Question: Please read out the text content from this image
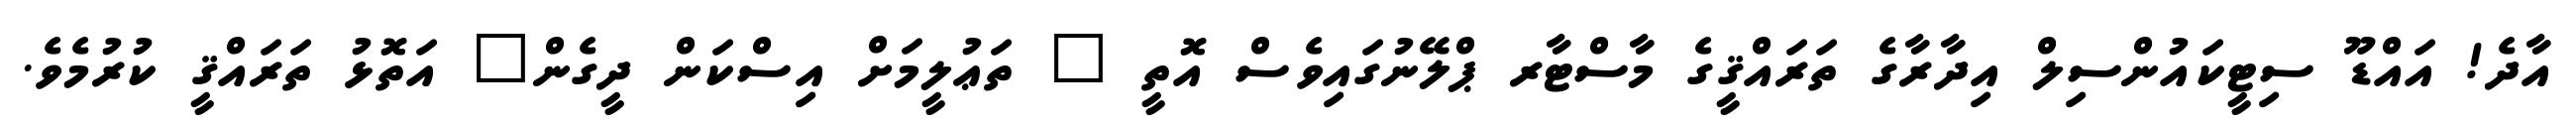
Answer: އާދެ! އައްޑޫ ސިޓީކައުންސިލް އިދާރާގެ ތަރައްޤީގެ މާސްޓާރ ޕްލޭނުގައިވެސް އޮތީ " ތަޢުލީމަށް އިސްކަން ދީގެން" އަތޮޅު ތަރައްޤީ ކުރުމެވެ.